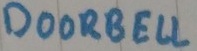
Text: DOORBELL